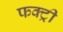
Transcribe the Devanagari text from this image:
फक्ट्री